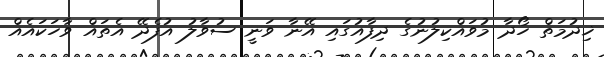
ޚިދުމަތް ހޯދާ މުވައްކިލުނުގެ ދިފާއުގައި އޭނާ ވަނީ ސުވާލު އުފެދޭ އެތައް ވާހަކައެއް